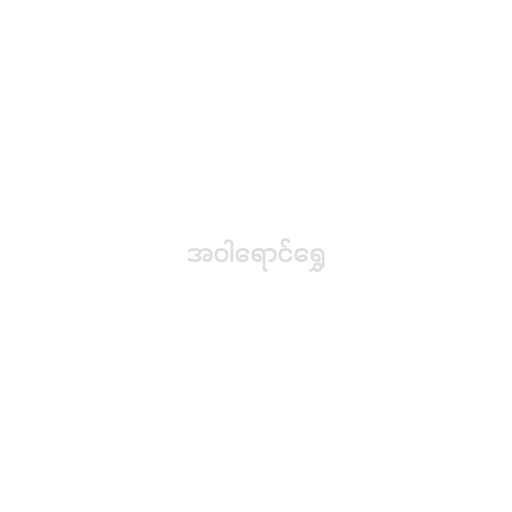
အဝါရောင်ရွှေ